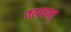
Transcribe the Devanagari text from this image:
तत्पचात्